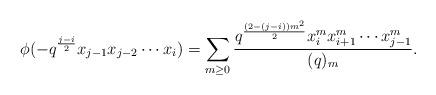
LaTeX: \begin{align*}\phi(-q^{{\frac{j-i}{2}}}x_{j-1}x_{j-2}\cdots x_{i})=\displaystyle \sum_{m\geq 0}\frac{q^{\frac{(2-(j-i))m^{2}}{2}}x_{i}^{m}x_{i+1}^{m}\cdots x_{j-1}^{m}}{(q)_{m}}.\end{align*}